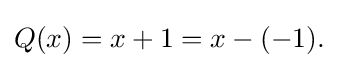
Q(x)=x+1=x-(-1).\,\!